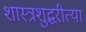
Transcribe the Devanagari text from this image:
शास्त्रशुद्धरीत्या